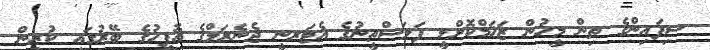
ސިފައިންގެ ތިން މީހުން ޒަޚަމްކޮށްލީ ފަލަސްތީނުގެ އެޓަރނީ ޖެނެރަލްގެ އޮފީހުގެ ބޭރުގައި ކުރިން